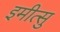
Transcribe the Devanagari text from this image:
इमीत्सु